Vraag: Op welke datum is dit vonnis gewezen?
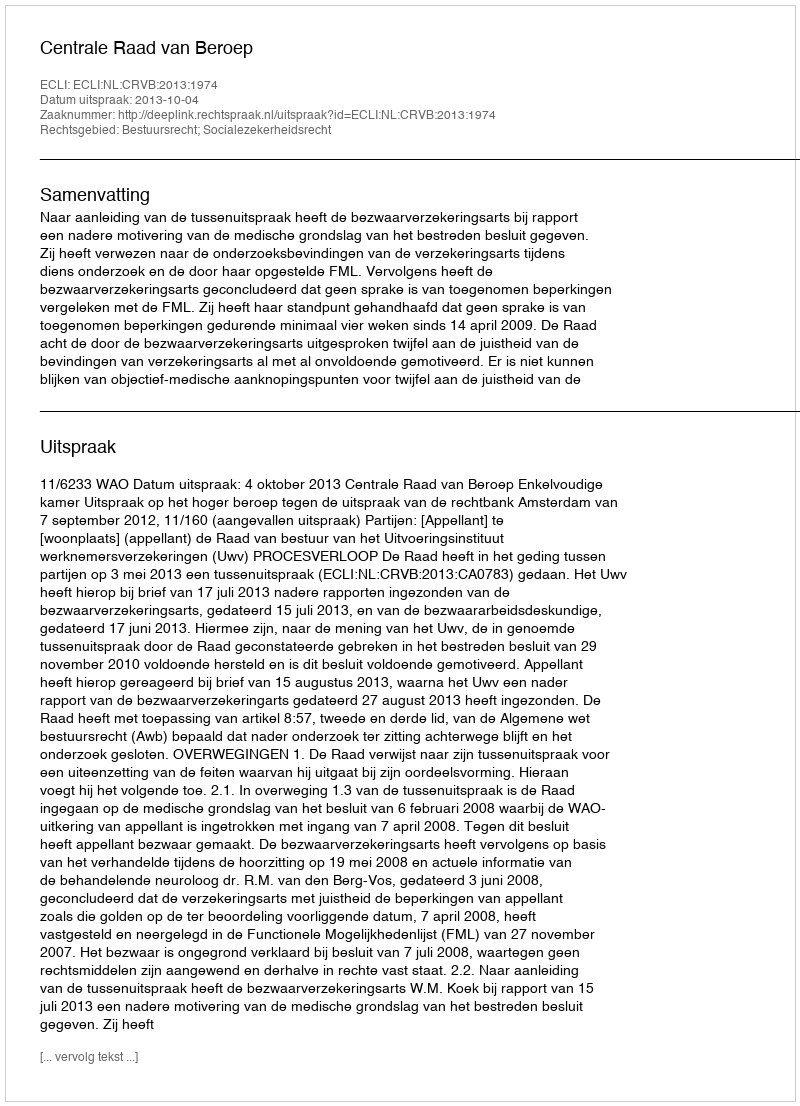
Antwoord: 2013-10-04